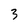
Character: 3